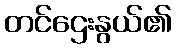
တင်ဌေးနွယ်၏